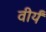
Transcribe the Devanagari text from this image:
वीर्यं